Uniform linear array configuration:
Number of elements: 8
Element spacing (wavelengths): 0.25
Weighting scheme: cosine
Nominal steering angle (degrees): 15
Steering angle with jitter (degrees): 16.483
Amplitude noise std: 0.05
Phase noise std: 0.05

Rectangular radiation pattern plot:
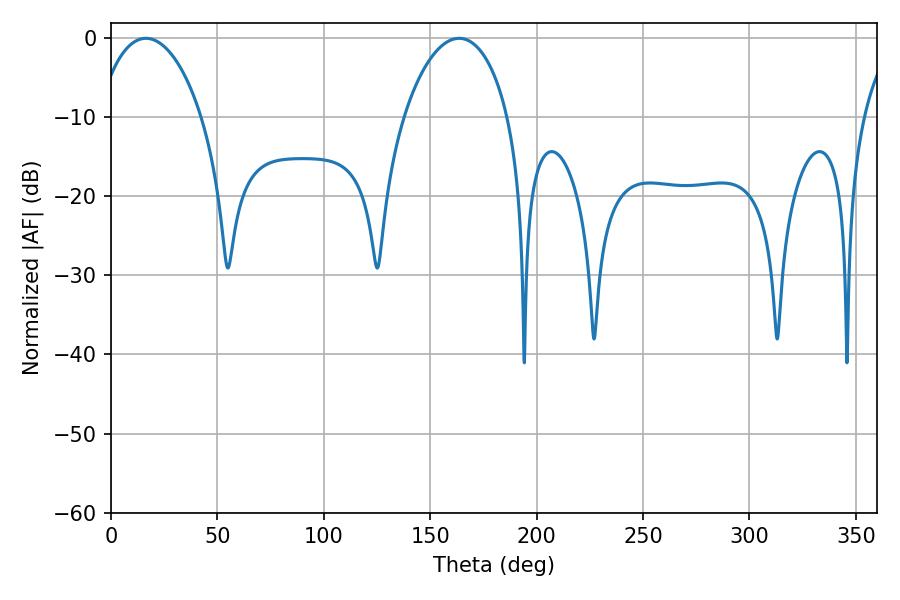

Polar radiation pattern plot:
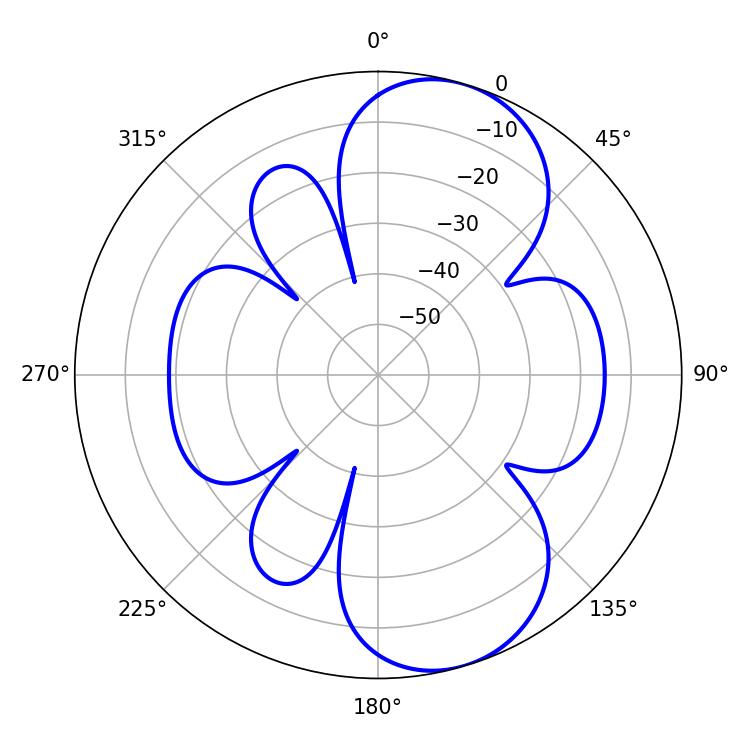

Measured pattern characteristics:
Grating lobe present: FALSE
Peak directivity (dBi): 8.267
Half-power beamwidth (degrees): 27.9
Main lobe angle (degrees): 16.38